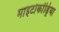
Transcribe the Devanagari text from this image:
माइटोकोंड्रिया